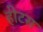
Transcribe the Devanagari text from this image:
हीटस